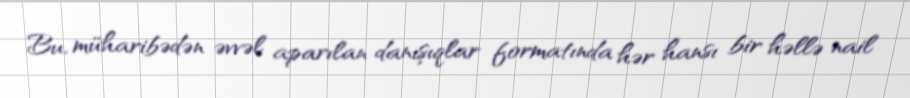
Bu, müharibədən əvvəl aparılan danışıqlar formatında hər hansı bir həllə nail